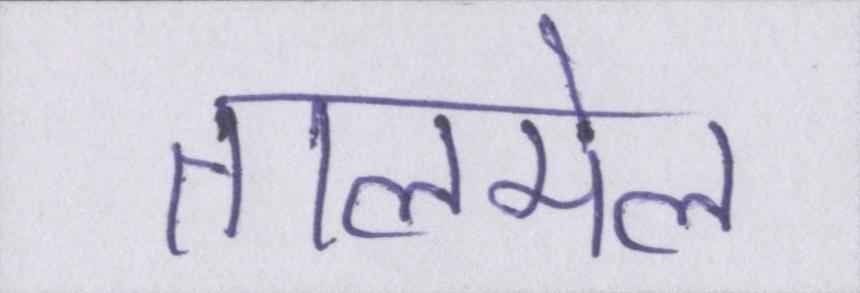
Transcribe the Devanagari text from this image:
तालमेल